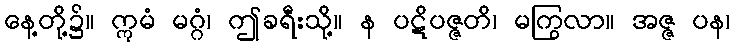
နေ့တို့၌။ ဣမံ မဂ္ဂံ၊ ဤခရီးသို့။ န ပဋိပဇ္ဇတိ၊ မကြွလာ။ အဇ္ဇ ပန၊